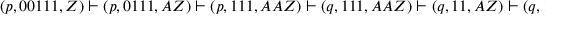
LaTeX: ( p , 0 0 1 1 1 , Z ) \vdash ( p , 0 1 1 1 , A Z ) \vdash ( p , 1 1 1 , A A Z ) \vdash ( q , 1 1 1 , A A Z ) \vdash ( q , 1 1 , A Z ) \vdash ( q , 1 , Z ) \vdash ( r , 1 , Z )